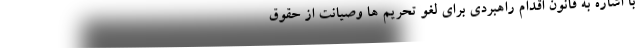
با اشاره‌ به قانون اقدام راهبردی برای لغو تحریم ها وصیانت از حقوق